Annual report of the Punjab Veterinary College and of the Civil Veterinary Department, Punjab - 1894-1908
Year: 1894
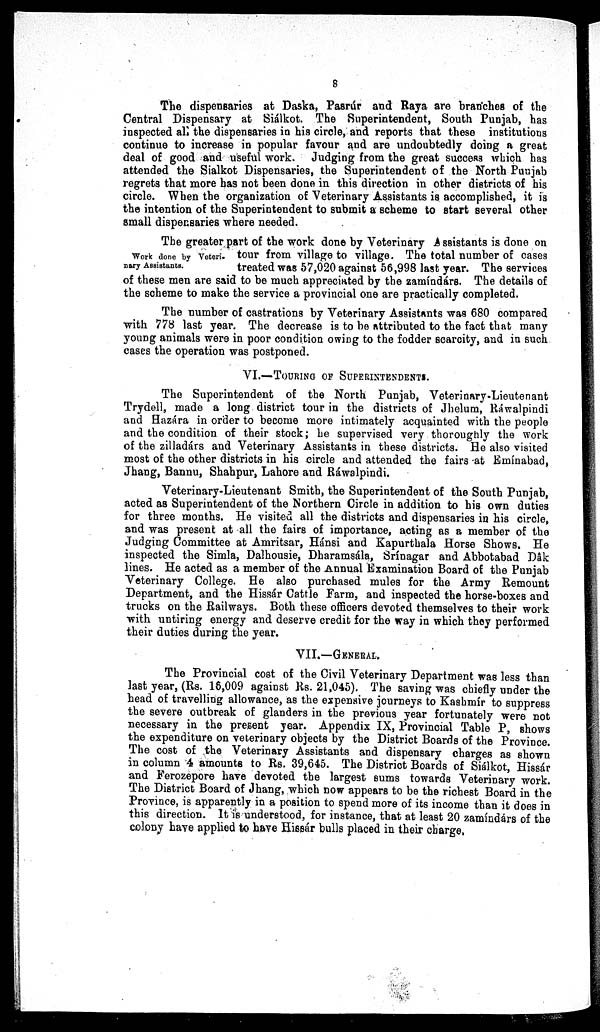
8
The dispensaries at Daska, Pasrúr and Raya are branches of the
Central Dispensary at Siálkot. The Superintendent, South Punjab, has
inspected all the dispensaries in his circle, and reports that these institutions
continue to increase in popular favour and are undoubtedly doing a great
deal of good and useful work. Judging from the great success which has
attended the Sialkot Dispensaries, the Superintendent of the North Punjab
regrets that more has not been done in this direction in other districts of his
circle. When the organization of Veterinary Assistants is accomplished, it is
the intention of the Superintendent to submit a scheme to start several other
small dispensaries where needed.
Work done by Veteri-
nary Assistants.
The greater part of the work done by Veterinary Assistants is done on
tour from village to village. The total number of cases
treated was 57,020 against 56,998 last year. The services
of these men are said to be much appreciated by the zamíndárs. The details of
the scheme to make the service a provincial one are practically completed.
The number of castrations by Veterinary Assistants was 680 compared
with 778 last year. The decrease is to be attributed to the fact that many
young animals were in poor condition owing to the fodder scarcity, and in such
cases the operation was postponed.
VI.—TOURING OF SUPERINTENDENTS.
The Superintendent of the North Punjab, Veterinary-Lieutenant
Trydell, made a long district tour in the districts of Jhelum, Ráwalpindi
and Hazára in order to become more intimately acquainted with the people
and the condition of their stock; he supervised very thoroughly the work
of the zilladárs and Veterinary Assistants in these districts. He also visited
most of the other districts in his circle and attended the fairs at Emínabad,
Jhang, Bannu, Shahpur, Lahore and Ráwalpindi.
Veterinary-Lieutenant Smith, the Superintendent of the South Punjab,
acted as Superintendent of the Northern Circle in addition to his own duties
for three months. He visited all the districts and dispensaries in his circle,
and was present at all the fairs of importance, acting as a member of the
Judging Committee at Amritsar, Hánsi and Kapurthala Horse Shows. He
inspected the Simla, Dalhousie, Dharamsála, Srínagar and Abbotabad Dâk
lines. He acted as a member of the Annual Examination Board of the Punjab
Veterinary College. He also purchased mules for the Army Remount
Department, and the Hissár Cattle Farm, and inspected the horse-boxes and
trucks on the Railways. Both these officers devoted themselves to their work
with untiring energy and deserve credit for the way in which they performed
their duties during the year.
VII.—GENERAL.
The Provincial cost of the Civil Veterinary Department was less than
last year, (Rs. 16,009 against Rs. 21,045). The saving was chiefly under the
head of travelling allowance, as the expensive journeys to Kashmir to suppress
the severe outbreak of glanders in the previous year fortunately were not
necessary in the present year. Appendix IX, Provincial Table P, shows
the expenditure on veterinary objects by the District Boards of the Province.
The cost of the Veterinary Assistants and dispensary charges as shown
in column 4 amounts to Rs. 39,645. The District Boards of Siálkot, Hissár
and Ferozepore have devoted the largest sums towards Veterinary work.
The District Board of Jhang, which now appears to be the richest Board in the
Province, is apparently in a position to spend more of its income than it does in
this direction. It is understood, for instance, that at least 20 zamíndárs of the
colony have applied to have Hissár bulls placed in their charge,